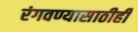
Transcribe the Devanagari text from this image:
रंगवण्यासाठीही